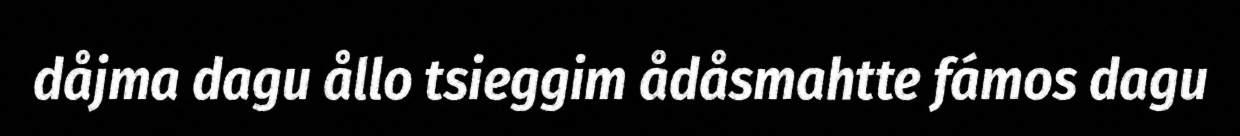
dåjma dagu ållo tsieggim ådåsmahtte fámos dagu